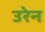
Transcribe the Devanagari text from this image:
उरेन